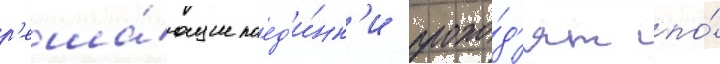
р'еша́ющие поед'и́нк'и прохо́д'ят по́